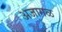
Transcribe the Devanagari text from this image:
अजागळ